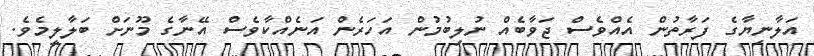
އަލާނިޔާގެ ފަރާތުން އެއްވެސް ޖަވާބެއް ނުލިބުމުން އަހަރެން އަނެއްކާވެސް އޭނާގެ މޫނަށް ބަލާލީމެވެ.